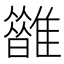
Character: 𩁆